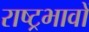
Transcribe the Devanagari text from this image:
राष्ट्रभावों